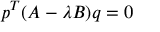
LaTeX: p ^ { T } ( A - \lambda B ) q = 0